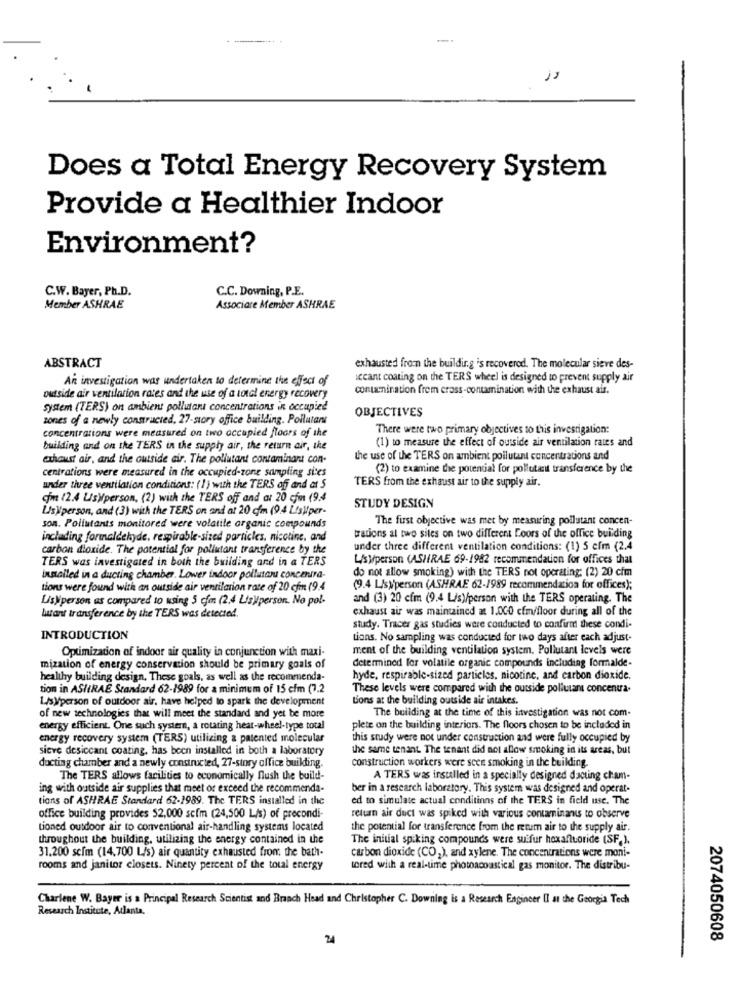
Does a Total Energy Recovery System
Provide a Healthier Indoor
Environment?
C.W. Bayer, Ph.D.
C.C. Downing, P.E.
Member ASHRAE
Associare Member ASHRAE
ABSTRACT
exhausted from the building is recovered. The molecular sieve des-
An investigation was undertaken to determine the effect of
secant coating on the TERS wheel is designed to prevent supply air
contamination frem crass-contamination with the exhaust air.
outside air ventilation rates and the use of a total energy recovery
system (TERS) on ambient pollutant concentrations in occupied
zones of a newly contracted, 27-story office building. Pollutant
OBJECTIVES
concentrations were measured on two occupied floors of the
There were two primary objectives to this investigation:
(1) to measure the effect of outside air ventilation rates and
building and on the TERS in the supply air, the return air, the
exhaust air, and the outside air. The pollutant contaminara con-
the use of the TERS on ambient pollutant concentrations and
centrations were measured in the occupied-zong sampling sites
(2) to examine the potential for pollutant transference by the
TERS from the exhaust air to the supply air.
under three ventilation conditions: (1) with the TERS of and at 5
com (2.4 Us)person, (2) with the TERS off and at 20 cfm (9.4
Lisyperson, and (3) with the TERS on and at 20 cfm (9.4 Lisiiper-
STUDY DESIGN
The fust objective was met by measuring pollutant concen-
son. Pollutants monitored were volatile organic compounds
including formaldehyde, respirable-sized particles, nicotine, and
trations al two sites on two different Loors of the office building
carbon dioxide. The potential for pollutant transference by the
under three different ventilation conditions: (1) 5 efm (2.4
TERS was investigated in both the building and in a TERS
L/s person (ASHRAE 69-1982 recommendation for offices that
do not allow smoking) with the TERS not operating: (2) 20 cim
inmailed in a ducting chamber. Lower indoor pollutanu concentra-
tions were found with an outside air ventilation rate of 20 cfm (9.4
(9.4 L/s)'person (ASHRAE 62-1989 recommendation for offices);
Lis)person as compared to using 5 cfm (2.4 Lis)person. No pol-
and (3) 20 cfm (9.4 L/s)/person with the TERS operating. The
exhaust air was maintained at 1.000 cfm/floor during all of the
Autant transference by the TERS was detected.
study. Tracer gas studies were conducted to confirmt these condi-
INTRODUCTION
tions. No sampling was conducted for two days after each adjust-
Optimization of indoor air quality in conjunction with maxi-
ment of the building ventilation system. Pollutant levels were
determined for volatile organic compounds including formalde-
mization of energy conservation should be primary goals of
healthy building design. These goals, as well as the recommenda-
hyde, respirable-sized partieles, nicotine, and carbon dioxide.
tion in ASIRAE Standard 62-1989 for a minimum of 15 cfm (7.2
These levels were compared with the outside pollutant concentra.
Lisyperson of outdoor air. have helped to spark the development
Lions at the building outside air intakes.
The building at the time of this investigation was not com-
of new technologies that will meet the standard and yet be more
energy efficient. One such system, a rotating heat-wheel-type total
plete on the building interiors. The floors chosen to be included in
energy recovery system (TERS) utilizing & patented molecular
this study were not under construction and were fully occupied by
sicve desiccant coating, has been installed in both a laboratory
the same tenant. The tenant did not allow smoking in its areas, but
construction workers were seen smoking in the building.
docting chamber and a newly constructed, 27-story office buikting.
The TERS allows facilities to economically flush the build-
A TERS was installed in a specially designed dacting cham-
ing with outside air supplies that meet or exceed the recommenda-
ber in a research laboratory. This system was designed and operat-
tions of ASHRAE Standard 62-1989. The TERS installed in the
ed to simulate actual conditions of the TERS in field use. The
office building provides 52,000 scím (24,500 L/s) of precondi-
return air duct was spiked with various contaminanis to observe
tioned outdoor air to conventional air-handling systems located
the potential for transference from the return air to the supply air.
throughout the building, utilizing the energy contained in the
The initial spiking compounds were su fur hexafluoride (SF.).
31.200 scim (14,700 L/s) air quantity exhausted from the bath-
carbon dioxide (CO2), and xylene. The concentrations were moni-
rooms and janitor closets. Ninety percent of the total energy
tored with a real-time photoacoustical gas monitor. The distribu-
Charlene W. Bayer is a Principal Research Scientist and Branch Head and Christopher C. Downing is a Research Engineer Il at the Georgia Tech
Research Institute, Atlanta.
24
2074050608